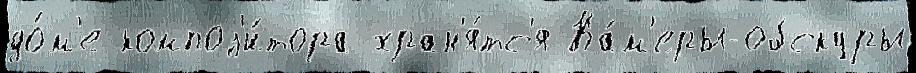
до́м'е композ'и́тора хран'я́тс'я Ка́м'еры-обскуры